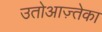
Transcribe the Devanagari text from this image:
उतोआज़्तेका